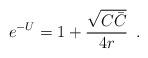
LaTeX: \begin{align*}e^{-U}=1+{\sqrt{C\bar C}\over 4 r}\, \ .\end{align*}